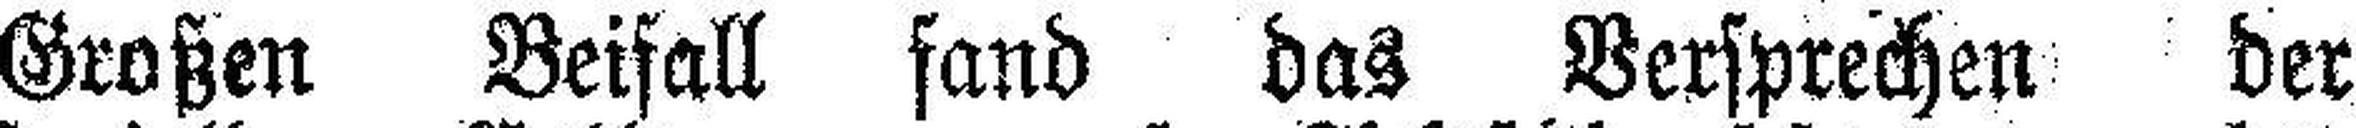
Großen Beifall fand das Versprechen der